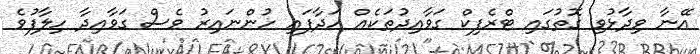
އޭނާ ވިދާޅުވި ގޮތުގައި ޓްރެފިކް ގަވާއިދުތަކެއް ހަދާފައި ހުންނައިރު ވެސް ގަވާއިދާ ހިލާފުވެ